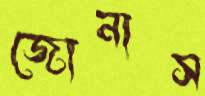
জোনাস